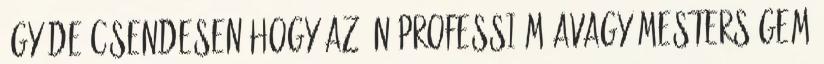
úgy de csendesen hogy az én professióm avagy mesterségem